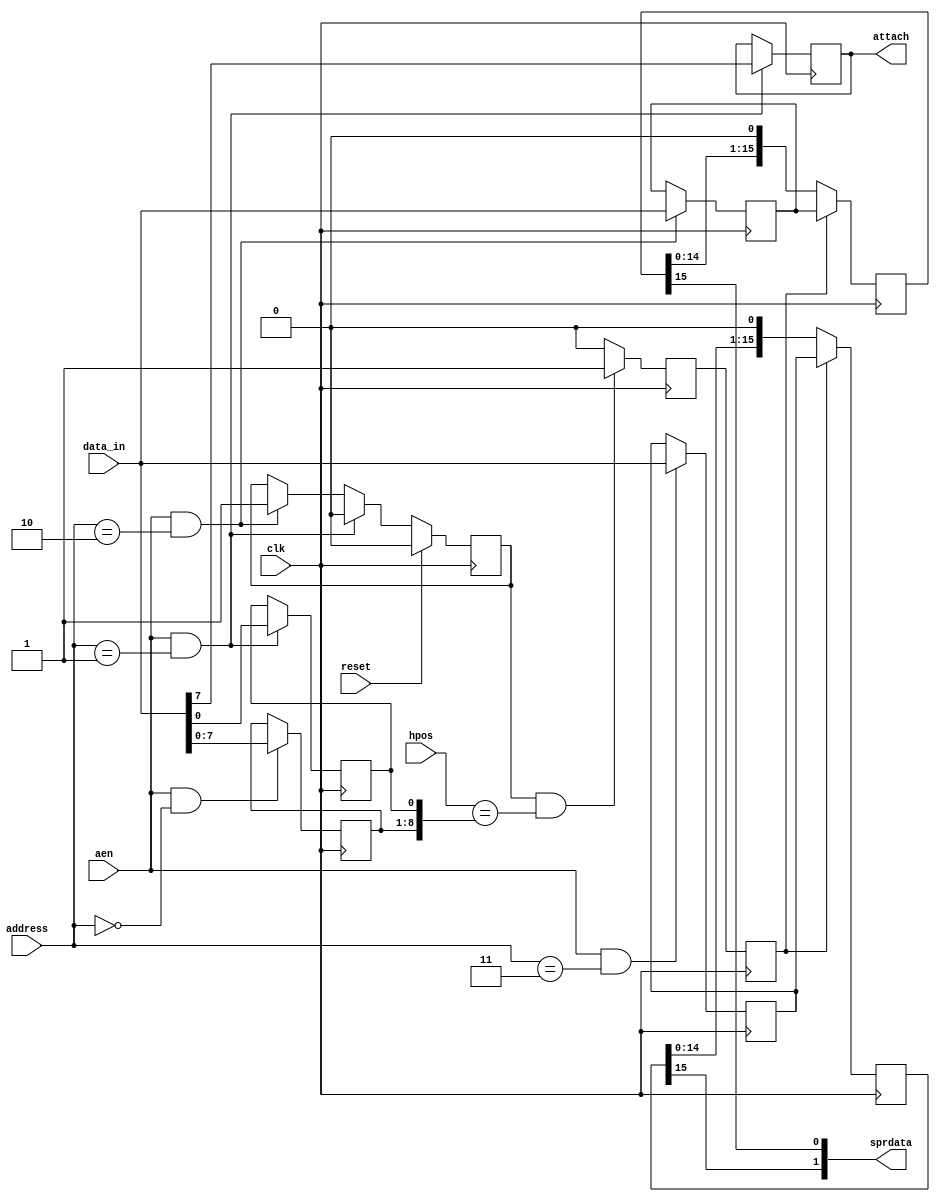
module sprshift
(
	input 	clk,					
	input 	reset,		    		
	input	aen,					
	input	[1:0] address,		   	
	input	[8:0] hpos,				
	input 	[15:0] data_in, 		
	output	[1:0] sprdata,			
	output	reg attach				
);
parameter POS  = 2'b00;  		
parameter CTL  = 2'b01;  		
parameter DATA = 2'b10;  		
parameter DATB = 2'b11;  		
reg		[15:0] datla;		
reg		[15:0] datlb;		
reg		[15:0] shifta;		
reg		[15:0] shiftb;		
reg		[8:0] hstart;		
reg		armed;				
reg		load;				
reg		load_del;
always @(posedge clk)
	if (reset) 
		armed <= 0;
	else if (aen && address==CTL) 
		armed <= 0;
	else if (aen && address==DATA) 
		armed <= 1;
always @(posedge clk)
	load <= armed && hpos[8:0]==hstart[8:0] ? 1'b1 : 1'b0;
always @(posedge clk)
	load_del <= load;
always @(posedge clk)
	if (aen && address==POS)
		hstart[8:1] <= data_in[7:0];
always @(posedge clk)
	if (aen && address==CTL)
		{attach,hstart[0]} <= {data_in[7],data_in[0]};
always @(posedge clk)
	if (aen && address==DATA)
		datla[15:0] <= data_in[15:0];
always @(posedge clk)
	if (aen && address==DATB)
		datlb[15:0] <= data_in[15:0];
always @(posedge clk)
	if (load_del) 
	begin
		shifta[15:0] <= datla[15:0];
		shiftb[15:0] <= datlb[15:0];
	end
	else 
	begin
		shifta[15:0] <= {shifta[14:0],1'b0};
		shiftb[15:0] <= {shiftb[14:0],1'b0};
	end
assign sprdata[1:0] = {shiftb[15],shifta[15]};
endmodule